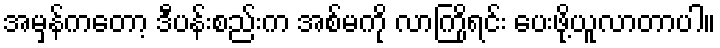
အမှန်ကတော့ ဒီပန်းစည်းက အစ်မကို လာကြိုရင်း ပေးဖို့ယူလာတာပါ။